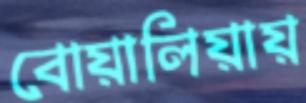
বোয়ালিয়ায়